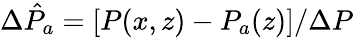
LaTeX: \Delta\hat{P}_{a}=[P(x,z)-P_{a}(z)]/\Delta P